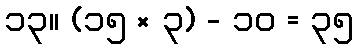
၁၃။ (၁၅ × ၃) - ၁၀ = ၃၅